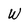
Character: W